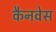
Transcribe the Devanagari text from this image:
कैनवेस